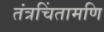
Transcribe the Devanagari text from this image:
तंत्रचिंतामणि